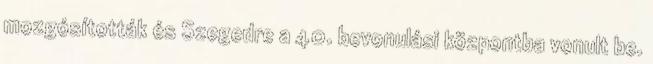
mozgósították és Szegedre a 40. bevonulási központba vonult be.